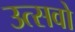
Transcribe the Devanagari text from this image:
उत्सवो